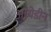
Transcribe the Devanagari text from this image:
आयेडीन